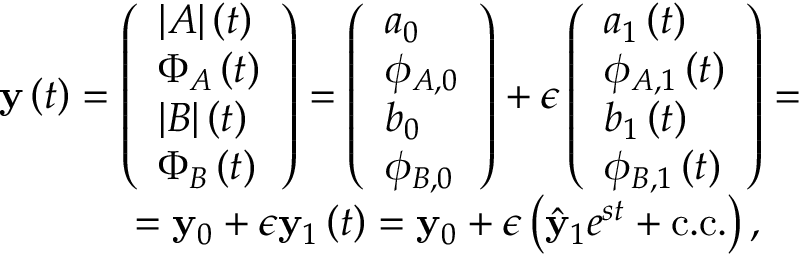
\begin{array} { r } { \mathbf { y } \left( t \right) = \left( \begin{array} { l } { | A | \left( t \right) } \\ { \Phi _ { A } \left( t \right) } \\ { | B | \left( t \right) } \\ { \Phi _ { B } \left( t \right) } \end{array} \right) = \left( \begin{array} { l } { a _ { 0 } } \\ { \phi _ { A , 0 } } \\ { b _ { 0 } } \\ { \phi _ { B , 0 } } \end{array} \right) + \epsilon \left( \begin{array} { l } { a _ { 1 } \left( t \right) } \\ { \phi _ { A , 1 } \left( t \right) } \\ { b _ { 1 } \left( t \right) } \\ { \phi _ { B , 1 } \left( t \right) } \end{array} \right) = } \\ { = \mathbf { y } _ { 0 } + \epsilon \mathbf { y } _ { 1 } \left( t \right) = \mathbf { y } _ { 0 } + \epsilon \left( \hat { \mathbf { y } } _ { 1 } e ^ { s t } + \mathrm { c . c . } \right) , \ \ \ } \end{array}